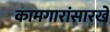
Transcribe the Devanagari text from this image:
कामगारांसारखे